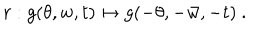
r : g ( \theta , w , t ) \mapsto g ( - \theta , - \bar { w } , - t ) ~ .